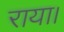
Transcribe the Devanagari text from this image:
राया।